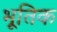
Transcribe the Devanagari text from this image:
भूतिक